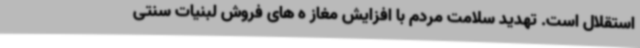
استقلال است. تهدید سلامت مردم با افزایش مغاز ه های فروش لبنیات سنتی